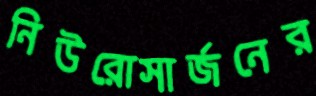
নিউরোসার্জনের